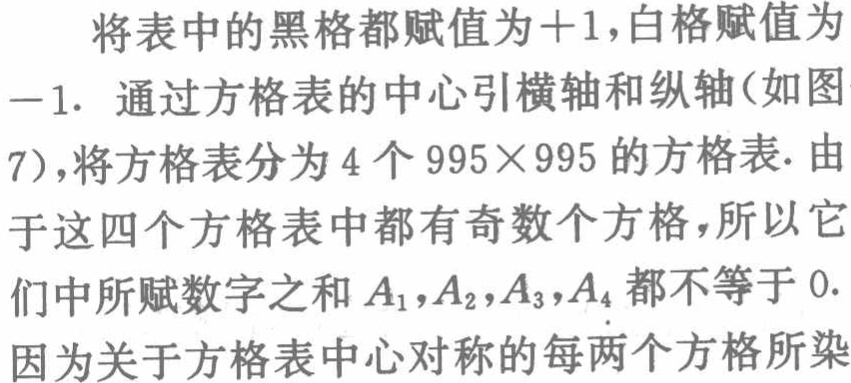
将表中的黑格都赋值为$+1$，白格赋值为$-1$. 通过方格表的中心引横轴和纵轴(如图7)，将方格表分为$4$个$995\times 995$的方格表. 由于这四个方格表中都有奇数个方格，所以它们中所赋数字之和$A_{1},A_{2},A_{3},A_{4}$都不等于$0$. 因为关于方格表中心对称的每两个方格所染